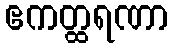
ဧကတ္ထရဏာ